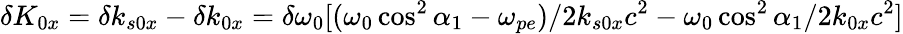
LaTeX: \delta K_{0x}=\delta k_{s0x}-\delta k_{0x}=\delta\omega_{0}[(\omega_{0}\cos^{2}\alpha_{1}-\omega_{pe})/2k_{s0x}c^{2}-\omega_{0}\cos^{2}\alpha_{1}/2k_{0x}c^{2}]